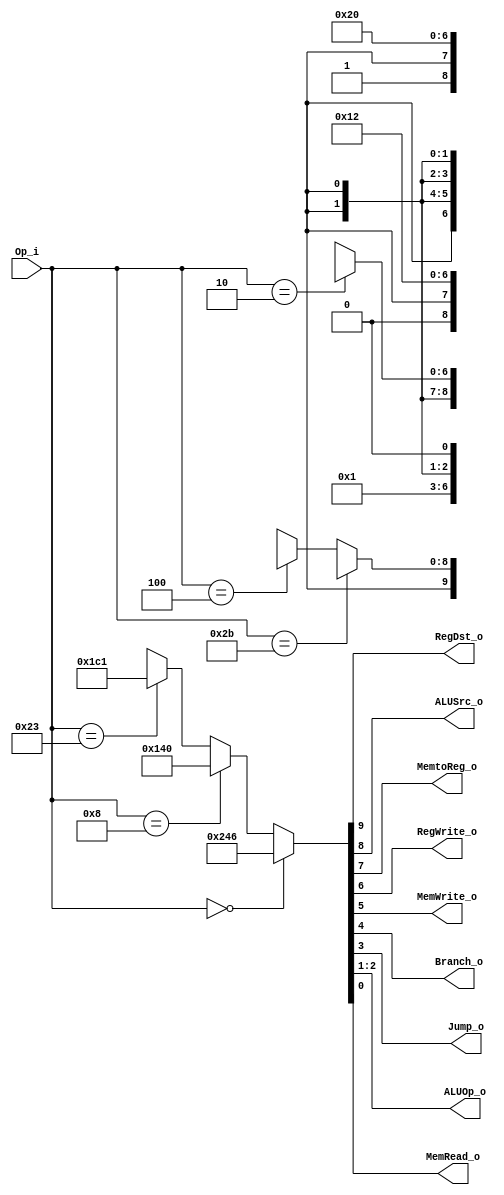
module Control
(
	Op_i,
	RegDst_o,
	ALUSrc_o,
	MemtoReg_o,
	RegWrite_o,
	MemWrite_o,
	Branch_o,
	Jump_o,
	ALUOp_o,
	MemRead_o
);

input	[5:0]	Op_i;
output			RegDst_o, ALUSrc_o, MemtoReg_o, RegWrite_o, MemWrite_o, Branch_o, Jump_o, MemRead_o;
output	[1:0]	ALUOp_o;

wire [9:0] temp;

assign temp = (Op_i == 6'b000000) ? {10'b1001000110} :	//R-Type
			  (Op_i == 6'b001000) ? {10'b0101000000} :	//addi
			  (Op_i == 6'b100011) ? {10'b0111000001} :	//lw
			  (Op_i == 6'b101011) ? {10'bx1x0100000} :	//sw
			  (Op_i == 6'b000100) ? {10'bx0x0010010} :	//beq
			  (Op_i == 6'b000010) ? {10'bxxx0001xx0} :	//j
			  10'bxxxxxxxxxx;

assign RegDst_o		= temp[9];
assign ALUSrc_o 	= temp[8];
assign MemtoReg_o 	= temp[7];
assign RegWrite_o 	= temp[6];
assign MemWrite_o 	= temp[5];
assign Branch_o 	= temp[4];
assign Jump_o 		= temp[3];
assign ALUOp_o		= temp[2:1];
assign MemRead_o 	= temp[0];

endmodule